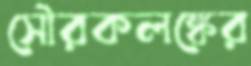
সৌরকলঙ্কের